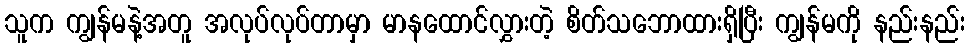
သူက ကျွန်မနဲ့အတူ အလုပ်လုပ်တာမှာ မာနထောင်လွှားတဲ့ စိတ်သဘောထားရှိပြီး ကျွန်မကို နည်းနည်း